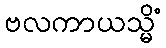
ဗလကာယသ္မိံ